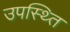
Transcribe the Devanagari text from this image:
उपस्थ्ति